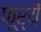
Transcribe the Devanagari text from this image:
फूर्यें